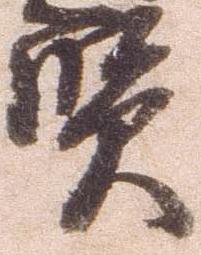
賢